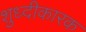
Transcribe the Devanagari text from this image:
शुध्दीकारक